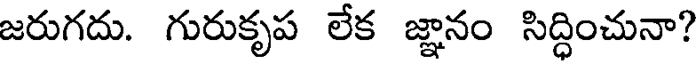
జరుగదు. గురుకృప లేక జ్ఞానం సిద్ధించునా?